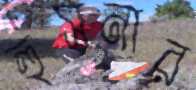
হুসনার